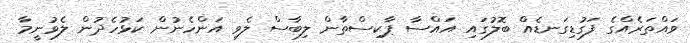
ވައްތަރެއްގެ ފަގުޑިގަނޑެއް ބޮލުގައި އައްސާ ޕާކިސްތާން ލިބާސް ލެވި އަންހެނުން ކަޅުހެދުން ލެވުނީމާ